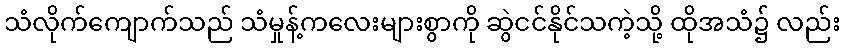
သံလိုက်ကျောက်သည် သံမှုန့်ကလေးများစွာကို ဆွဲငင်နိုင်သကဲ့သို့ ထိုအသံ၌ လည်း